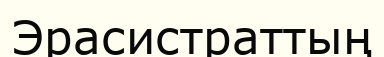
Эрасистраттың